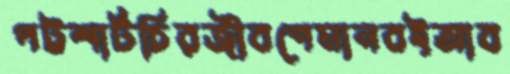
পট্টশার্টচিরজীবণেমানবইআব